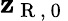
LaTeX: \mathbf{z}_{\mathrm{{~R~,~0~}}}